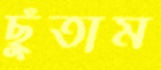
ছুঁতাম